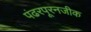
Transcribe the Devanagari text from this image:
पंढरपूरनजीक